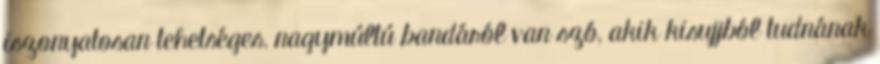
iszonyatosan tehetséges, nagymúltú bandáról van szó, akik kisujjból tudnának